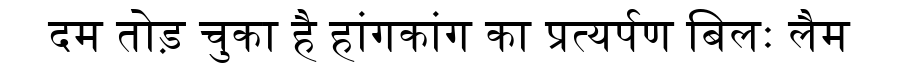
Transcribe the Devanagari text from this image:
दम तोड़ चुका है हांगकांग का प्रत्यर्पण बिलः लैम